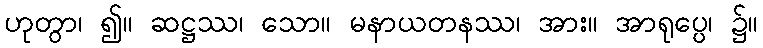
ဟုတွာ၊ ၍။ ဆဋ္ဌဿ၊ သော။ မနာယတနဿ၊ အား။ အာရုပ္ပေ၊ ၌။